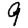
Digit: 9